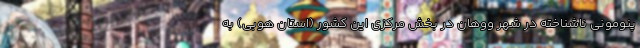
پنومونی ناشناخته در شهر ووهان در بخش مرکزی این کشور (استان هوبی) به